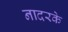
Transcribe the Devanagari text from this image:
नादरके